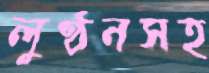
লুণ্ঠনসহ